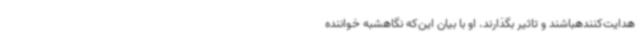
هدایت‌کنندهباشند و تاثیر بگذارند. او با بیان این‌که نگاهشبه خواننده